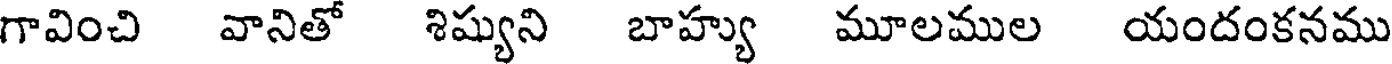
గావించి వానితో శిష్యుని బాహ్యు మూలముల యందంకనము